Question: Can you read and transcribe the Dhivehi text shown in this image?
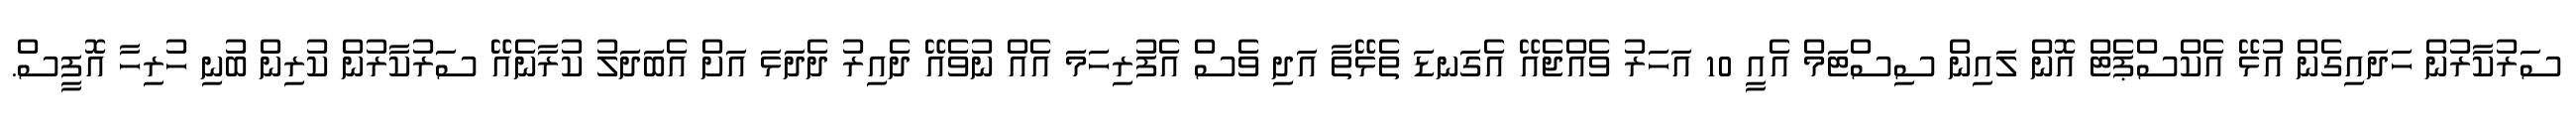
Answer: ސަރުކާރުން ހަދައިގެން އުޅޭ އެކްސްޕެޓް އޮން ލައިން ސިސްޓަމް އެއީ 10 އަހަރު ވެއްޖެއޭ އެގަނޑަ ތެޅޭތާ އަދި ވެސް އެފުރިހަމަ އެއް ނުވެއޭ ދެއިރު ދެދަޅަ އަށް އެބަދަލު ކުރާނެއޭ ސަރުކާރުން ކުރިން ބުނި ހުރިހާ އޮފީސް.